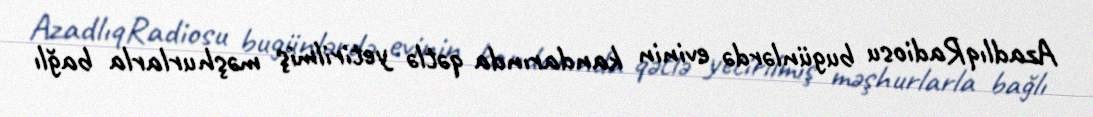
AzadlıqRadiosu bugünlərdə evinin kandarında qətlə yetirilmiş məşhurlarla bağlı